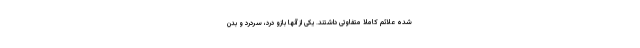
شده علائم کاملا متفاوتی داشتند. یکی از آنها بازو درد، سردرد و بدن